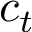
c _ { t }